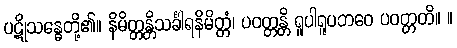
ပဋိုသန္ဓေတို့၏။ နိမိတ္တန္တိသင်္ခါရနိမိတ္တံ၊ ပဝတ္တန္တိ ရူပါရူပဘဝေ ပဝတ္တတိ။ ။